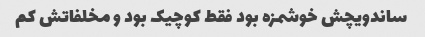
ساندویچش خوشمزه بود فقط کوچیک بود و مخلفاتش کم